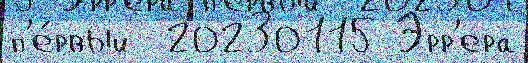
п'е́рвый  20230115 Эрр'ера